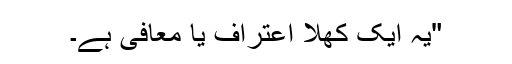
"یہ ایک کھلا اعتراف یا معافى ہے۔